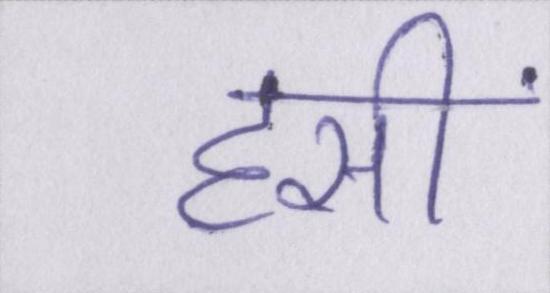
हसीं